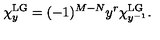
\chi _ { y } ^ { \mathrm { L G } } = ( - 1 ) ^ { M - N } y ^ { r } \chi _ { y ^ { - 1 } } ^ { \mathrm { L G } } .